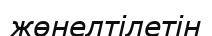
жөнелтілетін